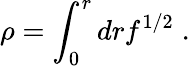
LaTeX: \rho=\int_{0}^{r}drf^{1/2}\; .